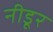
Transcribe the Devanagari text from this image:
नीडूर